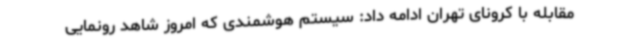
مقابله با کرونای تهران ادامه داد: سیستم هوشمندی که امروز شاهد رونمایی